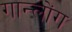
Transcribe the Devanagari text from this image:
गान्लोंग